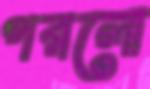
পরলো